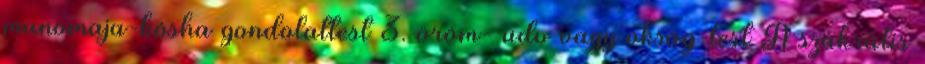
manomaja-kósha gondolattest 3. öröm- üdv vagy okság-test A szakrális